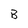
Character: B